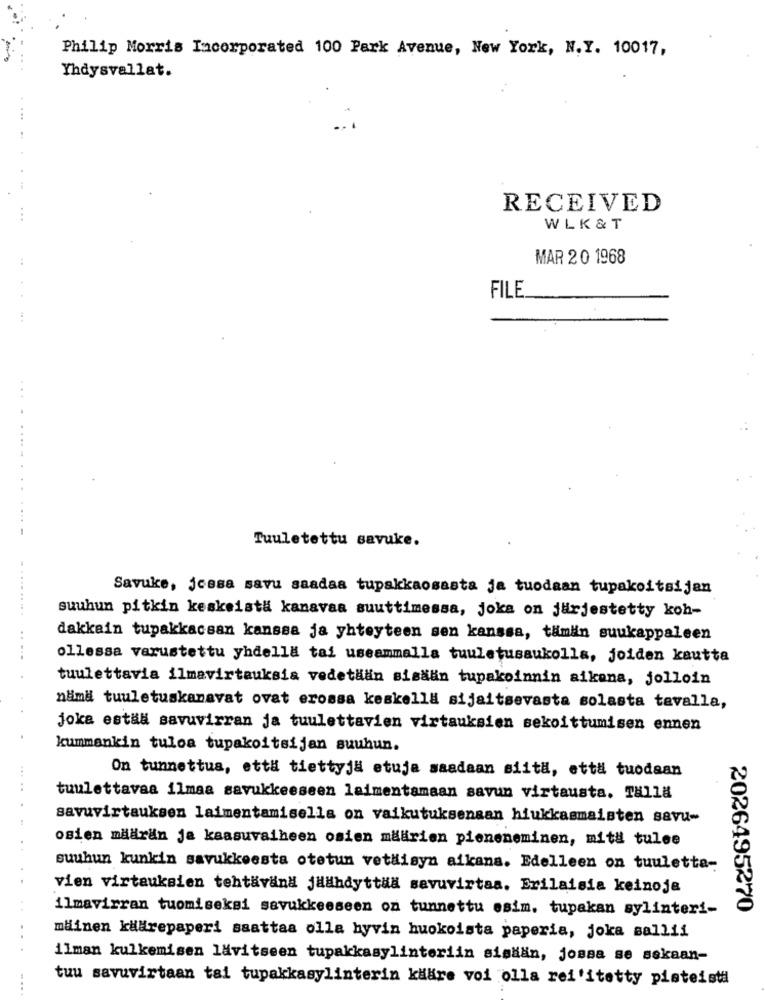
Philip Morris Incorporated 100 Park Avenue, New York, N.Y. 10017,
Yhdysvallat.
RECEIVED
WLK & T
MAR 20 1968
FILE
...
Tuuletettu savuke.
Savuke, jcasa savu saadaa tupakkaosasta ja tuodaan tupakoitsijan
suuhun pitkin keskeisti kanavaa suuttimessa, joka on järjestetty koh-
dakkain tupakkacsan kanssa ja yhteyteen sen kanssa, tämän suukappaleen
.......... .....
ollessa varustettu yhdella tai useammalla tuuletusaukolla, joiden kautta
tuulettavia ilmavirtauksia vedetään sisään tupakoinnin aikana, jolloin
nama tuuletuskanavat ovat erossa keskella sijaitsevasta solasta tavalla,
joka eställ savuvirran ja tuulettavien virtauksien sekoittumisen ennen
kummankin tuloa tupakoitsijan suuhun.
On tunnettus, että tiettyj& etuja saadaan siita, etta tuodaan
..
tuulettavaa ilmaa savukkeeseen laimentamaan savun virtausta. Talla
savuvirtauksen laimentamisella on vaikutuksensan hiukkasmaisten savu-
osien määrän ja kaasuvaiheen osien määrien pieneneminen, mit& tulee
..
suuhun kunkin savukkeesta otetun vethisyn aikana. Edelleen on tuuletta-
vien virtauksien tehtävand jHahdyttua savuvirtas. Erilaisia keinoje
ilmavirran tuomiseksi savukkeeseen on tunnettu esim. tupakan sylinteri-
2026495270
..
mäinen käärepaperi saattaa olla hyvin huokoista paperia, joka sallii
ilman kulkemisen lävitseen tupakkasylinteriin sisään, jossa se sekaan-
tuu savuvirtaan tai tupakkasylinterin käare voi olla rei'itetty pisteist